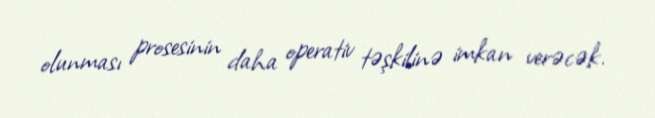
olunması prosesinin daha operativ təşkilinə imkan verəcək.